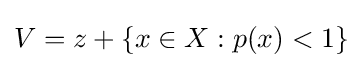
V=z+\{x\in X:p(x)<1\}